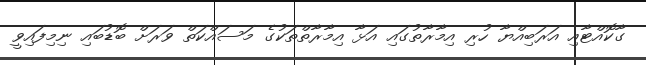
ގާކޮއްޓާއި އަރަބިއްޔާ ހުރި އިމާރާތުގައި އަޅާ އިމާރާތްތަކުގެ މަސައްކަތް ވަރަށް ބޮޑުބައި ނިމިފައިވީ